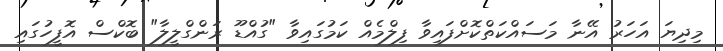
މިދިޔަ އަހަރު އޭނާ މަސައްކަތްކޮށްފައިވާ ފިލްމެއް ކަމުގައިވާ "ގުއްޑޫ ރަންގްލީލާ" ބޮކްސް އޮފީހުގައި